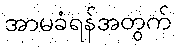
အာမခံရန်အတွက်